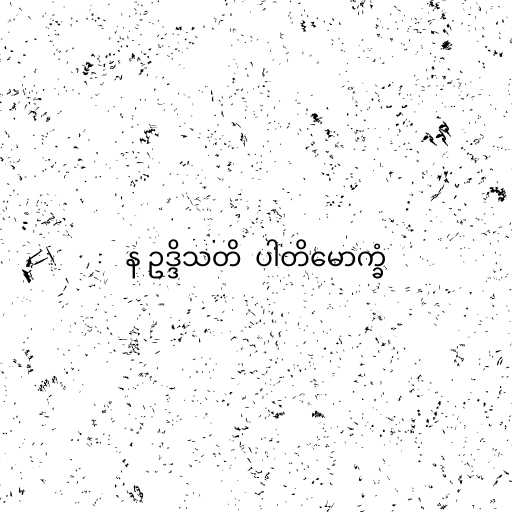
န ဥဒ္ဒိသတိ  ပါတိမောက္ခံ